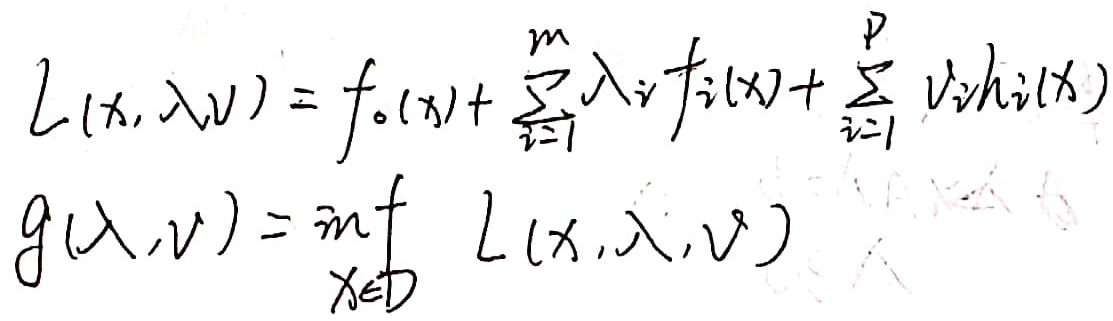
\[\begin{align*}
L(x, \lambda, \nu) &= f_0(x)+ \sum_{i = 1}^{m} \lambda_i f_i(x)+ \sum_{i = 1}^{p} \nu_i h_i(x)\\
g(\lambda, \nu) &= \inf_{x \in D} L(x, \lambda, \nu)
\end{align*}\]